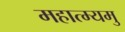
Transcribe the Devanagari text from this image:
महात्म्यमु